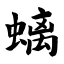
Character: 螭